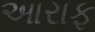
આરાફ